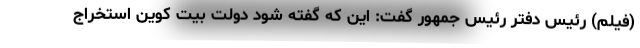
(فیلم) رئیس دفتر رئیس جمهور گفت: این که گفته شود دولت بیت کوین استخراج